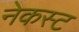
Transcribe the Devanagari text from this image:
नेकस्ट